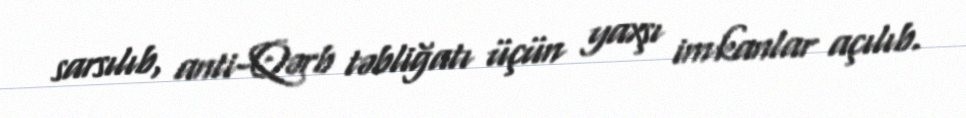
sarsılıb, anti-Qərb təbliğatı üçün yaxşı imkanlar açılıb.